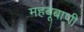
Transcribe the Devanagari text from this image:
महबूबाणी